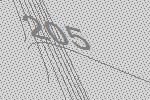
205